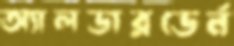
অ্যালডারডের্ন